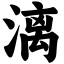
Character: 漓